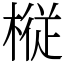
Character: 𫞋